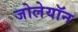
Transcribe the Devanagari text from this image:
जोलेयॉन